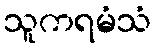
သူကရမံသံ